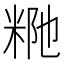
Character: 𥹗